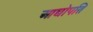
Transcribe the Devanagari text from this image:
आद्योपति